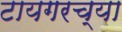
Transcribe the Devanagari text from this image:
टायगरच्या